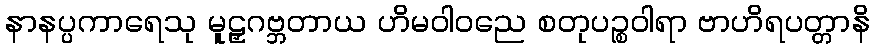
နာနပ္ပကာရေသု မူဠှဂဗ္ဘတာယ ဟိမဝါဝညေ စတုပဉ္စဝါရာ ဗာဟိရပတ္တာနိ